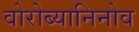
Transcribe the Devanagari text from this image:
वोरोब्यानिनोव